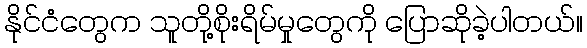
နိုင်ငံတွေက သူတို့စိုးရိမ်မှုတွေကို ပြောဆိုခဲ့ပါတယ်။